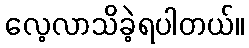
လေ့လာသိခဲ့ရပါတယ်။